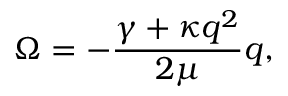
\Omega = - \frac { \gamma + \kappa q ^ { 2 } } { 2 \mu } q ,